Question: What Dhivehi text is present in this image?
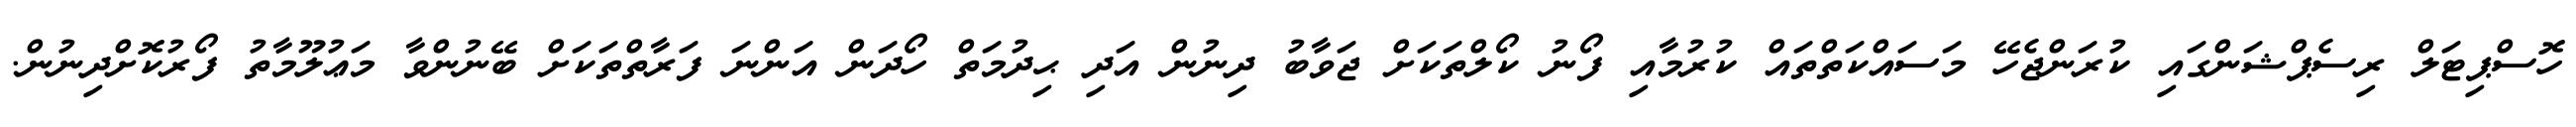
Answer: ހޮސްޕިޓަލް ރިސެޕްޝަންގައި ކުރަންޖެހޭ މަސައްކަތްތައް ކުރުމާއި ފޯނު ކޯލްތަކަށް ޖަވާބު ދިނުން އަދި ޙިދުމަތް ހޯދަން އަންނަ ފަރާތްތަކަށް ބޭނުންވާ މަޢުލޫމާތު ފޯރުކޮށްދިނުން.